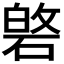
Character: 𮀯